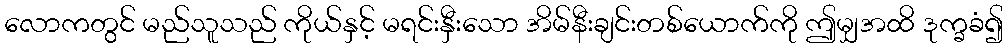
လောကတွင် မည်သူသည် ကိုယ်နှင့် မရင်းနှီးသော အိမ်နီးချင်းတစ်ယောက်ကို ဤမျှအထိ ဒုက္ခခံ၍